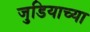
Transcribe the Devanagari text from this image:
जुडियाच्या